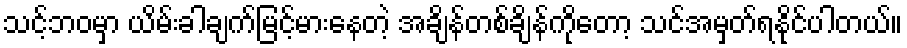
သင့်ဘဝမှာ ယိမ်းခါချက်မြင့်မားနေတဲ့ အချိန်တစ်ချိန်ကိုတော့ သင်အမှတ်ရနိုင်ပါတယ်။